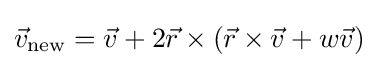
{\vec {v}}_{\text{new}}={\vec {v}}+2{\vec {r}}\times ({\vec {r}}\times {\vec {v}}+w{\vec {v}})